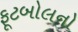
ફૂટબોલનો